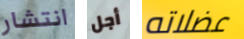
انتشار أجل عضلاته